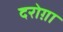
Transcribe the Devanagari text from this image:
दरोग़ा